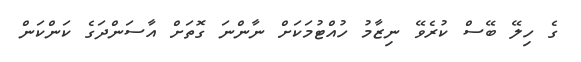
ގެ ހިލޭ ބޭސް ކުރެވޭ ނިޒާމު ހުއްޓުމަކަށް ނާންނަ ގޮތަށް އާސަންދަގެ ކަންކަން